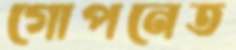
গোপনেত